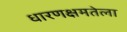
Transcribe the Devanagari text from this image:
धारणक्षमतेला